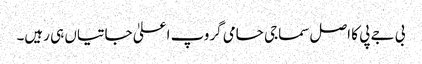
بی جے پی کا اصل سماجی حامی گروپ اعلیٰ جاتیاں ہی رہیں۔